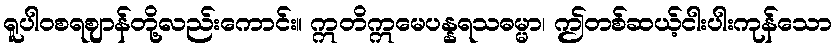
ရူပါဝစရဈာန်တို့လည်းကောင်း။ ဣတိဣမေပန္နရသဓမ္မာ၊ ဤတစ်ဆယ့်ငါးပါးကုန်သော